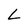
Character: L